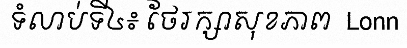
ទំលាប់ទី៤៖ ថែរក្សាសុខភាព  Lonn